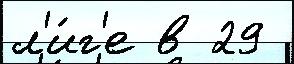
л'и́г'е в 29